Document type: Sale
Year: 1226
Scribe: Ramon d'Om
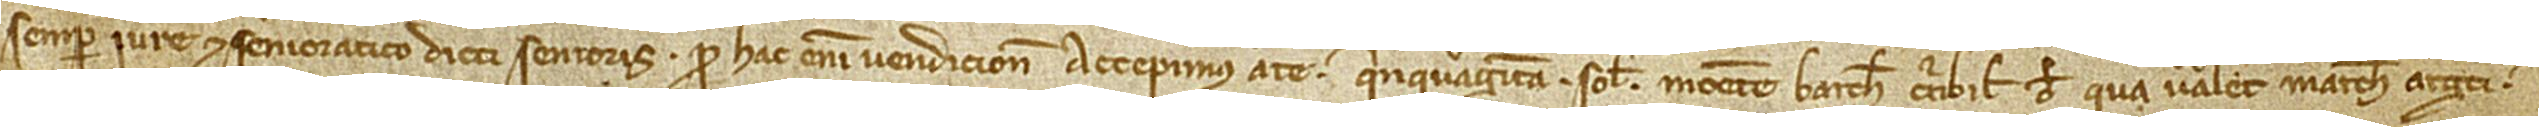
semper iure et senioratico dicti senioris. Pro hac enim vendicione accepimus a te quinquaginta solidos monete Barchinone curribile, de qua valet marcha argenti